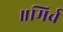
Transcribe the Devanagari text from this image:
॥मिर्च